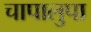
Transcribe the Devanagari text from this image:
चापालुपा